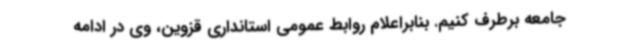
جامعه برطرف کنیم. بنابراعلام روابط عمومی استانداری قزوین، وی در ادامه